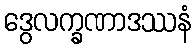
ဒွေလက္ခဏာဒဿနံ